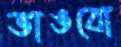
ভাঙবো